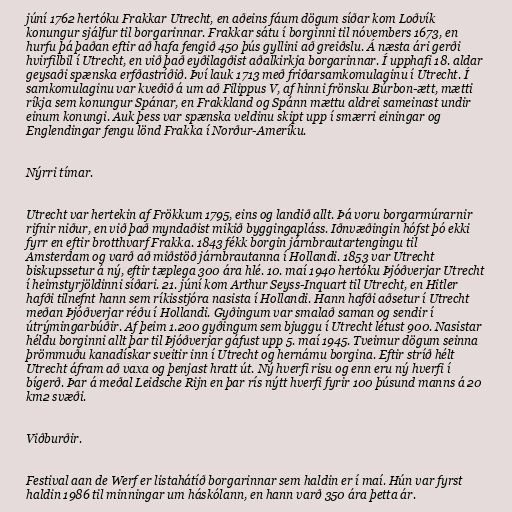
júní 1762 hertóku Frakkar Utrecht, en aðeins fáum dögum síðar kom Loðvík
konungur sjálfur til borgarinnar. Frakkar sátu í borginni til nóvembers 1673, en
hurfu þá þaðan eftir að hafa fengið 450 þús gyllini að greiðslu. Á næsta ári gerði
hvirfilbil í Utrecht, en við það eyðilagðist aðalkirkja borgarinnar. Í upphafi 18. aldar
geysaði spænska erfðastríðið. Því lauk 1713 með friðarsamkomulaginu í Utrecht. Í
samkomulaginu var kveðið á um að Filippus V, af hinni frönsku Búrbon-ætt, mætti
ríkja sem konungur Spánar, en Frakkland og Spánn mættu aldrei sameinast undir
einum konungi. Auk þess var spænska veldinu skipt upp í smærri einingar og
Englendingar fengu lönd Frakka í Norður-Ameríku.

Nýrri tímar.

Utrecht var hertekin af Frökkum 1795, eins og landið allt. Þá voru borgarmúrarnir
rifnir niður, en við það myndaðist mikið byggingapláss. Iðnvæðingin hófst þó ekki
fyrr en eftir brotthvarf Frakka. 1843 fékk borgin járnbrautartengingu til
Amsterdam og varð að miðstöð járnbrautanna í Hollandi. 1853 var Utrecht
biskupssetur á ný, eftir tæplega 300 ára hlé. 10. maí 1940 hertóku Þjóðverjar Utrecht
í heimstyrjöldinni síðari. 21. júní kom Arthur Seyss-Inquart til Utrecht, en Hitler
hafði tilnefnt hann sem ríkisstjóra nasista í Hollandi. Hann hafði aðsetur í Utrecht
meðan Þjóðverjar réðu í Hollandi. Gyðingum var smalað saman og sendir í
útrýmingarbúðir. Af þeim 1.200 gyðingum sem bjuggu í Utrecht létust 900. Nasistar
héldu borginni allt þar til Þjóðverjar gáfust upp 5. maí 1945. Tveimur dögum seinna
þrömmuðu kanadískar sveitir inn í Utrecht og hernámu borgina. Eftir stríð hélt
Utrecht áfram að vaxa og þenjast hratt út. Ný hverfi risu og enn eru ný hverfi í
bígerð. Þar á meðal Leidsche Rijn en þar rís nýtt hverfi fyrir 100 þúsund manns á 20
km2 svæði.

Viðburðir.

Festival aan de Werf er listahátíð borgarinnar sem haldin er í maí. Hún var fyrst
haldin 1986 til minningar um háskólann, en hann varð 350 ára þetta ár.